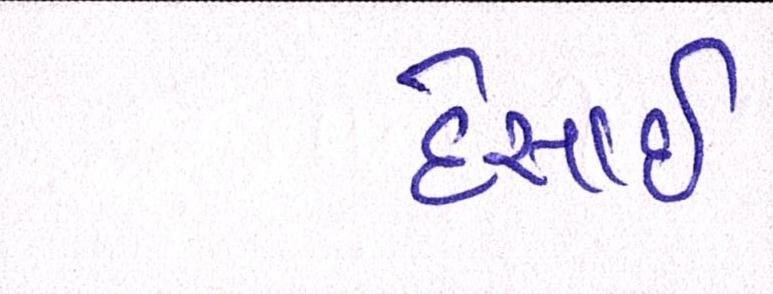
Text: દેસાઇ